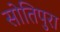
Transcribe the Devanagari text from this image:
सोतिपुरा